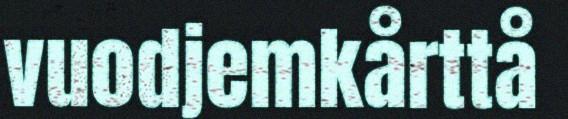
vuodjemkårttå